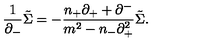
\frac { 1 } { { \partial } _ { - } } \tilde { \Sigma } = - \frac { n _ { + } { \partial } _ { + } + { \partial } ^ { - } } { m ^ { 2 } - n _ { - } { \partial } _ { + } ^ { 2 } } \tilde { \Sigma } .